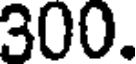
300.